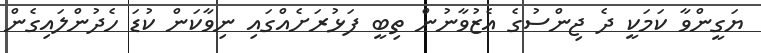
ޔަގީންވާ ކަމަކީ ދެ ޖިންސުގެ އެޒުވާނުން ތިބީ ފަޅުރަށެއްގައި ނިވާކަން ކުޑަ ހެދުންލައިގެން